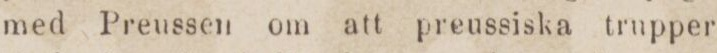
med Preussen om att preussiska trupper